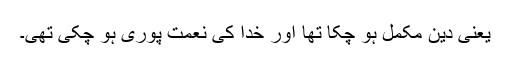
یعنی دین مکمل ہو چکا تھا اور خدا کی نعمت پوری ہو چکی تھی۔